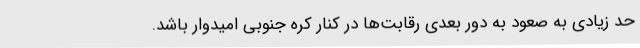
حد زیادی به صعود به دور بعدی رقابت‌ها در کنار کره جنوبی امیدوار باشد.